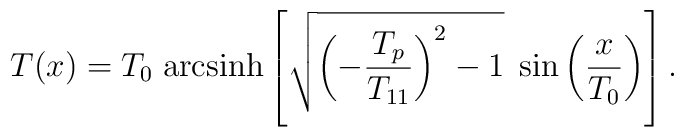
T(x)= T_{0}\;{\rm arcsinh}\left[\sqrt{\left(-\frac{T_{p}}{T_{11}}\right)^{2}-1}\;\sin\left(\frac{x}{T_{0}}\right)\right].